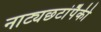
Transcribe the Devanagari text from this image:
नाट्यछटांपैकी